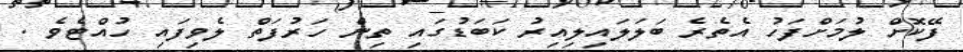
ފޭކޮށް ލުމަށްފަހު އެތެރެ ބަލަލައިލިއިރު ކަބަޑުގައި ތިން ހަރުފަތް ލެވިފައި ހުއްޓެވެ .